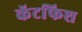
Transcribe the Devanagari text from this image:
कॅटफिश